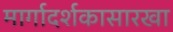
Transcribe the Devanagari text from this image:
मार्गादर्शकासारखा